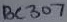
Text: BC307